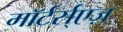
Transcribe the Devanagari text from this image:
माॅर्टर्स्एज़